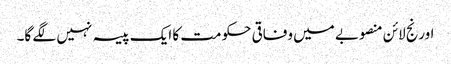
اورنج لائن منصوبے میں وفاقی حکومت کا ایک پیسہ نہیں لگے گا۔